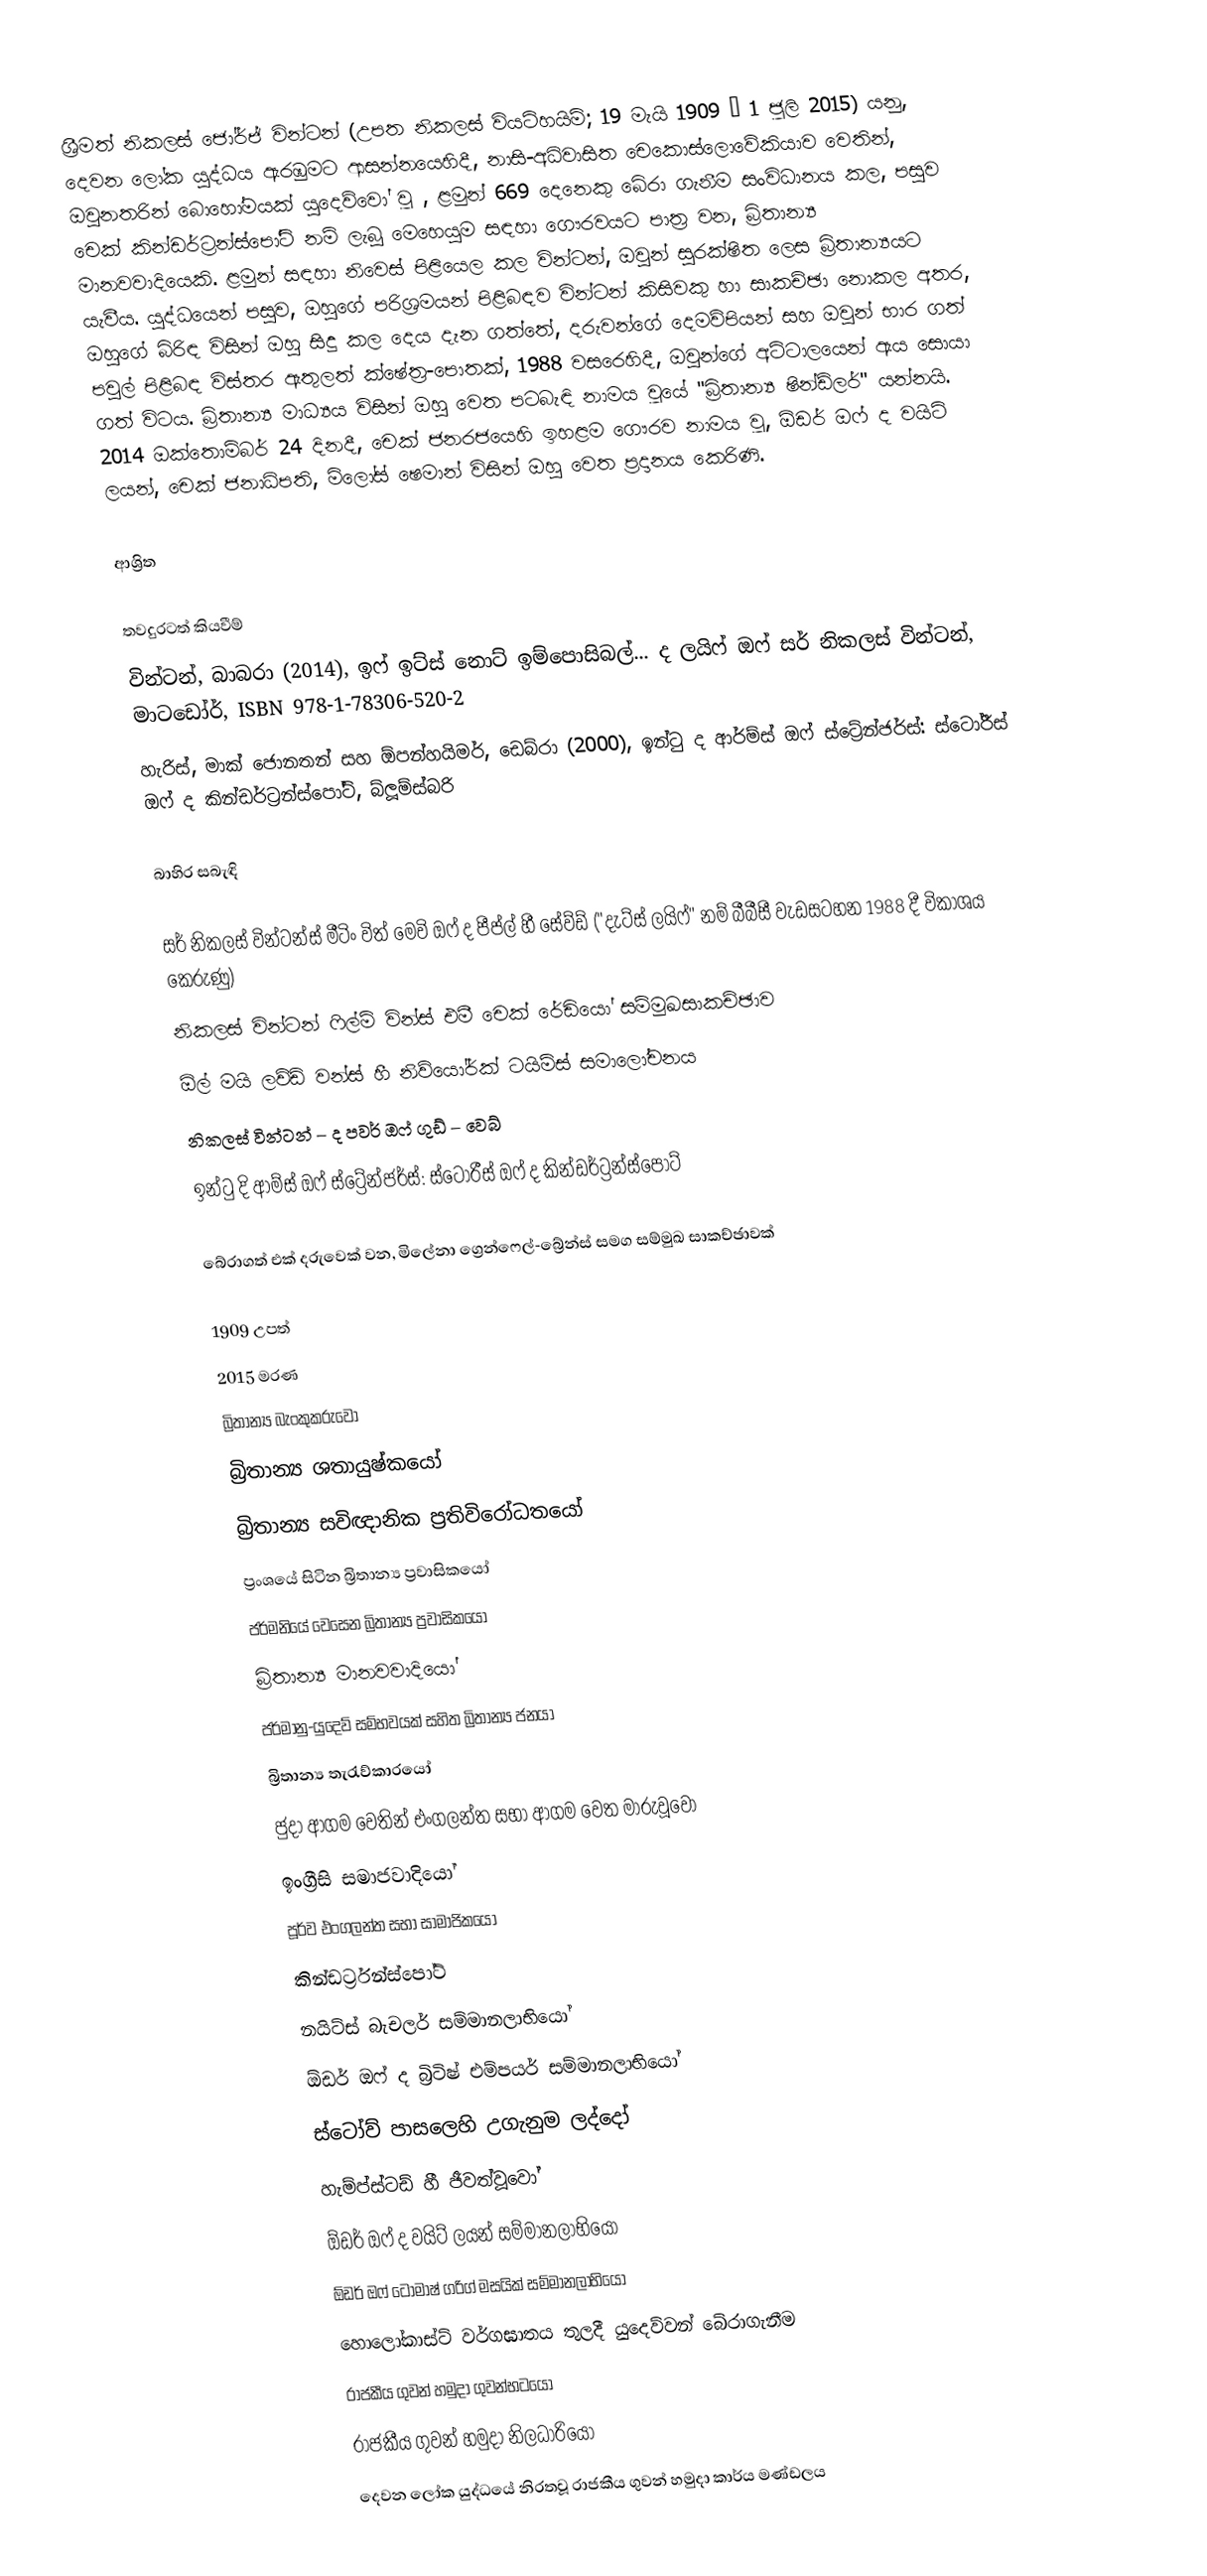
ශ්‍රීමත් නිකලස් ජෝර්ජ් වින්ටන්  (උපත  නිකලස් වියට්හයිම්; 19 මැයි 1909 – 1 ජූලි 2015) යනු,  දෙවන ලෝක යුද්ධය ඇරඹුමට ආසන්නයෙහිදී,  නාසි-අධිවාසිත චෙකොස්ලොවේකියාව වෙතින්, ඔවුනතරින් බොහෝමයක්  යුදෙව්වෝ වූ , ළමුන් 669 දෙනෙකු බේරා ගැනීම සංවිධානය කල, පසුව චෙක් කින්ඩර්ට්‍රන්ස්පෝට් නම් ලැබූ මෙහෙයුම සඳහා ගෞරවයට පාත්‍ර වන, බ්‍රිතාන්‍ය මානවවාදියෙකි. ළමුන් සඳහා නිවෙස් පිළියෙල කල  වින්ටන්,   ඔවුන් සුරක්ෂිත ලෙස බ්‍රිතාන්‍යයට යැවීය.  යුද්ධයෙන් පසුව, ඔහුගේ පරිශ්‍රමයන් පිළිබඳව වින්ටන් කිසිවකු හා සාකච්ඡා නොකල අතර, ඔහුගේ බිරිඳ විසින් ඔහු සිදු කල දෙය දැන ගත්තේ, දරුවන්ගේ දෙමව්පියන් සහ ඔවුන් භාර ගත්  පවුල් පිළිබඳ විස්තර ඇතුලත් ක්ෂේත්‍ර-පොතක්, 1988 වසරෙහිදී, ඔවුන්ගේ අට්ටාලයෙන් ඇය සොයා ගත් විටය. බ්‍රිතාන්‍ය මාධ්‍යය විසින් ඔහු වෙත පටබැඳි නාමය වූයේ "බ්‍රිතාන්‍ය ෂින්ඩ්ලර්" යන්නයි. 2014 ඔක්තොම්බර් 24 දිනදී, චෙක් ජනරජයෙහි ඉහළම ගෞරව නාමය වූ, ඕඩර් ඔෆ් ද වයිට් ලයන්, චෙක් ජනාධිපති, මිලෝස් ෂෙමාන් විසින් ඔහු වෙත ප්‍රදානය කෙරිණි.

ආශ්‍රිත

තවදුරටත් කියවීම්
වින්ටන්, බාබරා (2014), ඉෆ් ඉට්ස් නොට් ඉම්පොසිබල්... ද ලයිෆ් ඔෆ් සර් නිකලස් වින්ටන්, මාටඩෝර්, ISBN 978-1-78306-520-2
හැරිස්, මාක් ජොනතන් සහ  ඕපන්හයිමර්, ඩෙබ්රා (2000), ඉන්ටු ද ආර්ම්ස් ඔෆ් ස්ට්‍රේන්ජර්ස්: ස්ටෝරීස් ඔෆ් ද  කින්ඩර්ට්‍රන්ස්පෝට්, බ්ලූම්ස්බරි

බාහිර සබැඳි

සර් නිකලස් වින්ටන්ස් මීටිං විත් මෙවි ඔෆ් ද පීප්ල් හී සේව්ඩ් ("දැට්ස් ලයිෆ්" නම් බීබීසී වැඩසටහන 1988 දී විකාශය කෙරුණු)
නිකලස් වින්ටන් ෆිල්ම් වින්ස් එමී චෙක් රේඩියෝ සම්මුඛසාකච්ඡාව
ඕල් මයි ලව්ඩ් වන්ස් හී නිව්යෝර්ක් ටයිම්ස්  සමාලෝචනය
නිකලස් වින්ටන් – ද පවර් ඔෆ් ගුඩ් – වෙබ්
ඉන්ටු දි ආම්ස් ඔෆ් ස්ට්‍රේන්ජර්ස්: ස්ටෝරීස් ඔෆ් ද  කින්ඩර්ට්‍රන්ස්පෝට්

බේරාගත් එක් දරුවෙක් වන, මිලේනා ග්‍රෙන්ෆෙල්-බ්‍රේන්ස් සමග සම්මුඛ සාකච්ඡාවක්

1909 උපත්
2015 මරණ
බ්‍රිතාන්‍ය බැංකුකරුවෝ
බ්‍රිතාන්‍ය ශතායුෂ්කයෝ
බ්‍රිතාන්‍ය සවිඥානික ප්‍රතිවිරෝධතයෝ
ප්‍රංශයේ සිටින බ්‍රිතාන්‍ය ප්‍රවාසිකයෝ
ජර්මනියේ වෙසෙන බ්‍රිතාන්‍ය ප්‍රවාසිකයෝ
බ්‍රිතාන්‍ය මානවවාදියෝ
 ජර්මානු-යුදෙව් සම්භවයක් සහිත බ්‍රිතාන්‍ය ජනයා
බ්‍රිතාන්‍ය තැරැව්කාරයෝ
ජුදා ආගම වෙතින් එංගලන්ත සභා ආගම වෙත මාරුවූවෝ
ඉංග්‍රීසි සමාජවාදියෝ
පූර්ව එංගලන්ත සභා සාමාජිකයෝ
කින්ඩර්ට්‍රන්ස්පෝට්
නයිට්ස් බැචලර් සම්මානලාභියෝ
 ඕඩර් ඔෆ් ද බ්‍රිටිෂ් එම්පයර් සම්මානලාභියෝ
 ස්ටෝව් පාසලෙහි උගැනුම ලද්දෝ
 හැම්ප්ස්ටඩ් හී ජීවත්වූවෝ
 ඕඩර් ඔෆ් ද වයිට් ලයන් සම්මානලාභියෝ
 ඕඩර් ඔෆ් ටොමාෂ්  ගරිග්  මසයික් සම්මානලාභියෝ
 හොලෝකාස්ට් වර්ගඝාතය තුලදී යුදෙව්වන් බේරාගැනීම
රාජකීය ගුවන් හමුදා ගුවන්භටයෝ
රාජකීය ගුවන් හමුදා නිලධාරියෝ
දෙවන ලෝක යුද්ධයේ නිරතවූ රාජකීය ගුවන් හමුදා කාර්ය මණ්ඩලය